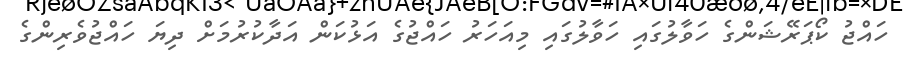
ހައްޖު ކޯޕަރޭޝަންގެ ހަވާލުގައި ހަވާލުގައި މިއަހަރު ހައްޖުގެ އަޅުކަން އަދާކުރުމަށް ދިޔަ ހައްޖުވެރިންގެ